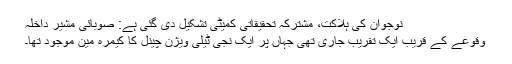
نوجوان کی ہلاکت، مشترکہ تحقیقاتی کمیٹی تشکیل دی گئی ہے: صوبائی مشیرِ داخلہ
وقوعے کے قریب ایک تقریب جاری تھی جہاں پر ایک نجی ٹیلی ویژن چینل کا کیمرہ مین موجود تھا۔